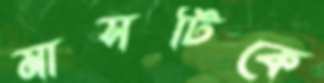
মাসটিকে